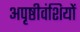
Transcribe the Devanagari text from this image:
अपृष्ठीवंशियों